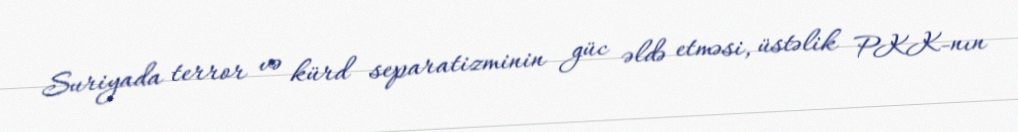
Suriyada terror və kürd separatizminin güc əldə etməsi, üstəlik PKK-nın